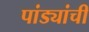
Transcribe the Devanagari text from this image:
पांड्यांची